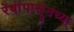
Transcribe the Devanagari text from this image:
रेषांपासूनच्या